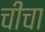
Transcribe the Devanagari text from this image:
चीचा